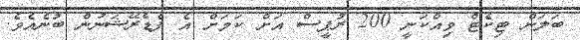
ބަލަން ޓިކެޓް ވިއްކަނީ 200 ރުޕީސް އަށް ކަމަށް އެ ފެޑެރޭޝަނުން ބުނެއެވެ.